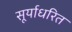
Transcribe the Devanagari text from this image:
सूर्याधरित